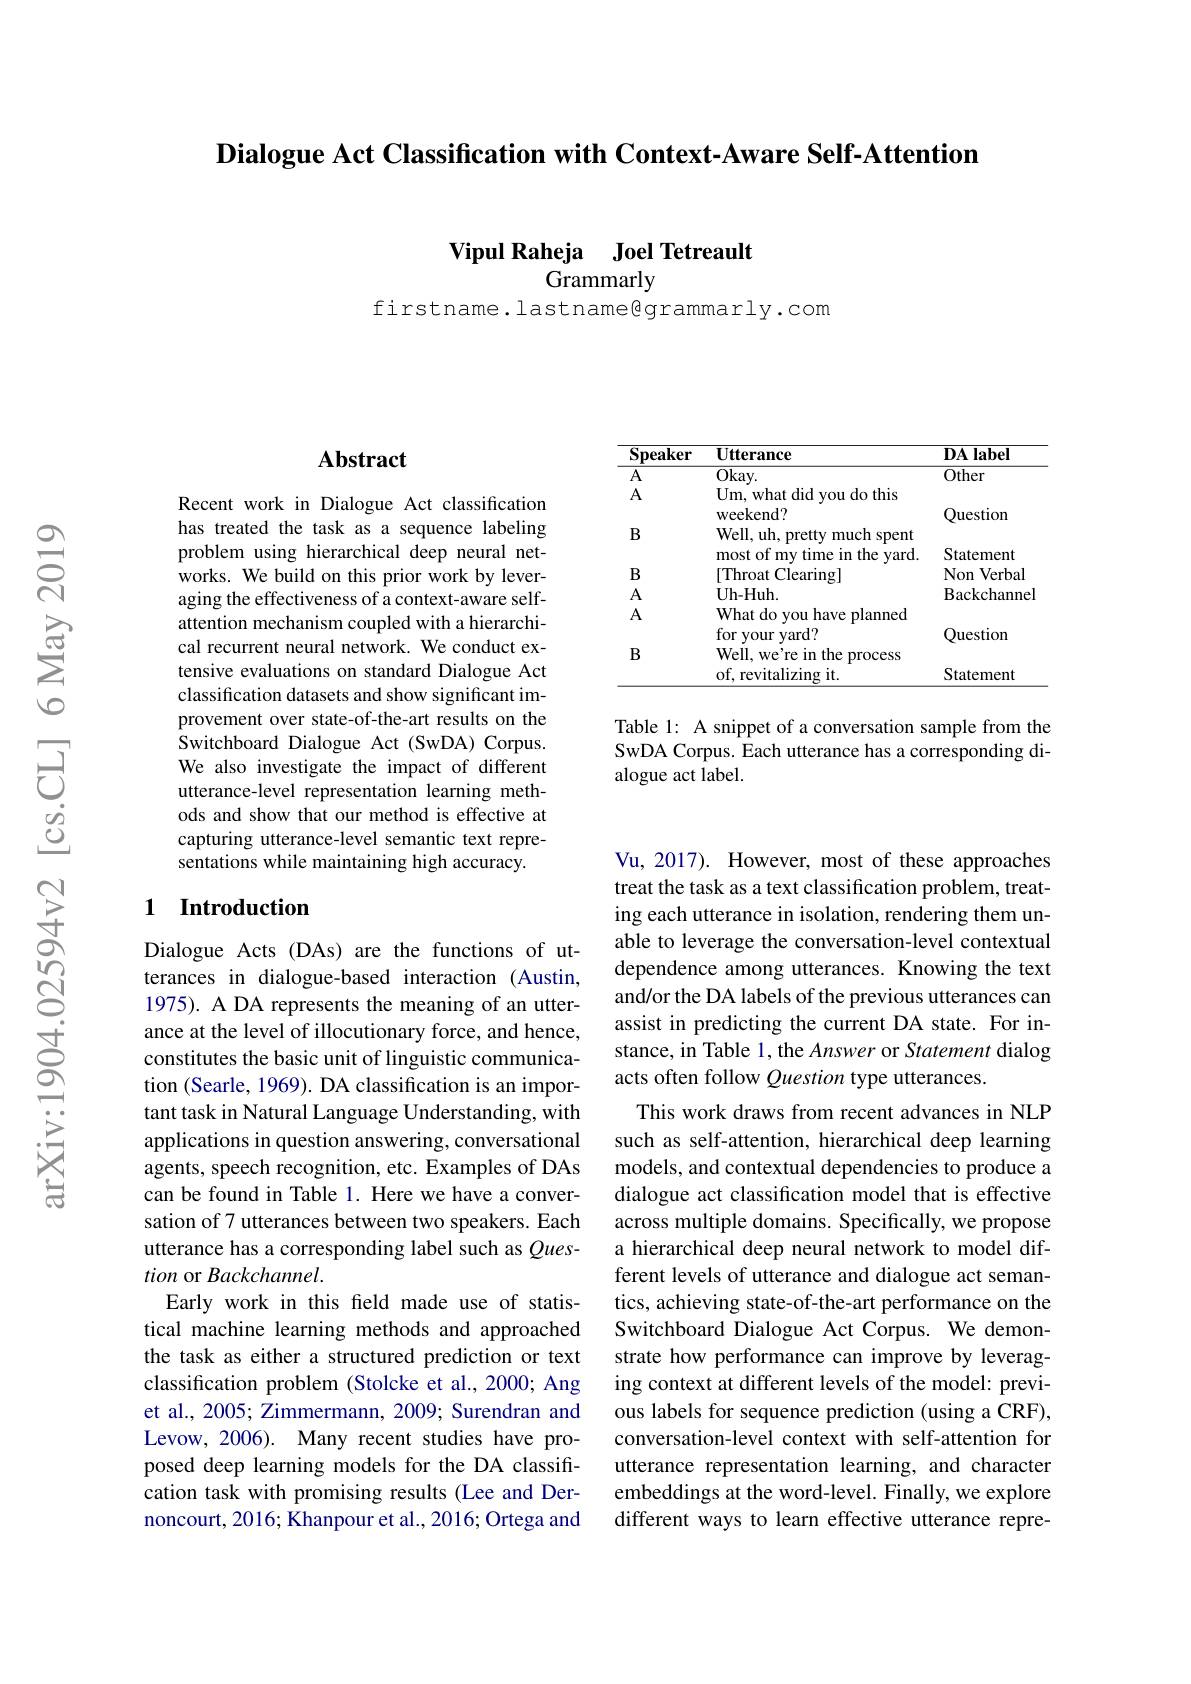
Dialogue Act Classification with Context-Aware Self-Attention

Vipul Raheja Joel Tetreault
Grammarly

firstname. lastname@grammarly.com

<table>
	<tbody>
		<tr>
			<th>$\mathbf{Speaker}$</th>
			<th>$\mathbf{Utterance}$</th>
			<th>$\mathbf{DA}\mathbf{label}$</th>
		</tr>
		<tr>
			<td>$A$ $\Delta$</td>
			<td>$\overline{\mathrm{Okay.}}$ TT</td>
			<td>Other</td>
		</tr>
		<tr>
			<td>$I\bot$ $B$</td>
			<td>weekend? Well, uh, pretty much spent</td>
			<td>Question</td>
		</tr>
		<tr>
			<td>$B$</td>
			<td>most of my time in the yard. $\Gamma Throat$ t Clearing]</td>
			<td>Statement Non Verbal</td>
		</tr>
		<tr>
			<td>A</td>
			<td>Uh- Huh. </td>
			<td>BackchanneP</td>
		</tr>
		<tr>
			<td>$A$</td>
			<td>What do you have planned for vour vard?</td>
			<td>Ouestion</td>
		</tr>
		<tr>
			<td>$B$</td>
			<td>Well, we're in the process of, revitalizing it.</td>
			<td>Statement</td>
		</tr>
		<tr>
			<td> </td>
			<td>of, revitalizing it.</td>
			<td>Statement</td>
		</tr>
	</tbody>
</table>

Table 1: A snippet of a conversation sample from the SwDA Corpus. Each utterance has a corresponding dialogue act label.

### $\mathbf{Abstract}$

Recent work in Dialogue Act classification has treated the task as a sequence labeling problem using hierarchical deep neural networks. We build on this prior work by leveraging the effectiveness of a context-aware selfattention mechanism coupled with a hierarchical recurrent neural network. We conduct extensive evaluations on standard Dialogue Act classification datasets and show significant improvement over state-of-the-art results on the Switchboard Dialogue Act (SwDA) Corpus. We also investigate the impact of different utterance-level representation learning methods and show that our method is effective at capturing utterance-level semantic text representations while maintaining high accuracy.

## 1 Introduction

Dialogue Acts (DAs) are the functions of utterances in dialogue-based interaction (Austin, 1975). A DA represents the meaning of an utterance at the level of illocutionary force, and hence, constitutes the basic unit of linguistic communication (Searle, 1969). DA classification is an important task in Natural Language Understanding, with applications in question answering, conversational agents, speech recognition, etc. Examples of DAs can be found in Table 1. Here we have a conversation of 7 utterances between two speakers. Each utterance has a corresponding label such as Question or Backchannel.
Early work in this feld made use of statistical machine learning methods and approached the task as either a structured prediction or text classification problem (Stolcke et al., 2000; Ang et al., 2005; Zimmermann, 2009; Surendran and Levow, 2006). Many recent studies have proposed deep learning models for the DA classification task with promising results (Lee and Dernoncourt, 2016; Khanpour et al., 2016; Ortega and

Vu, 2017). However, most of these approaches treat the task as a text classification problem, treating each utterance in isolation, rendering them unable to leverage the conversation-level contextual dependence among utterances. Knowing the text and/or the DA labels of the previous utterances can assist in predicting the current DA state. For instance, in Table 1, the Answer or Statement dialog acts often follow Question type utterances.
This work draws from recent advances in NLP such as self-attention, hierarchical deep learning models, and contextual dependencies to produce a dialogue act classification model that is effective across multiple domains. Specifically, we propose a hierarchical deep neural network to model different levels of utterance and dialogue act semantics, achieving state-of-the-art performance on the Switchboard Dialogue Act Corpus. We demonstrate how performance can improve by leveraging context at different levels of the model: previous labels for sequence prediction (using a CRF), conversation-level context with self-attention for utterance representation learning, and character embeddings at the word-level. Finally, we explore different ways to learn effective utterance repre-